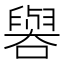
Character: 𫬁